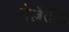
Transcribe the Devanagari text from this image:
नेल्लैतील